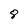
Character: 8